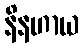
နိနဟာယ